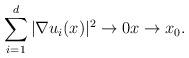
LaTeX: \begin{align*}\sum_{i=1}^d |\nabla u_i(x)|^2\to 0 x\to x_0.\end{align*}